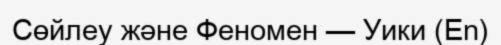
Сөйлеу және Феномен — Уики (En)